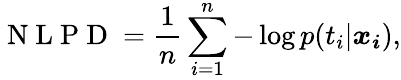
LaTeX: \mathrm{~N~L~P~D~}=\frac{1}{n}\sum_{i=1}^{n}-\log p(t_{i}|\boldsymbol{x_{i}}),